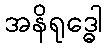
အနိရုဒ္ဓေါ